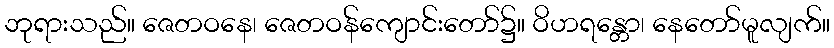
ဘုရားသည်။ ဇေတဝနေ၊ ဇေတဝန်ကျောင်းတော်၌။ ဝိဟရန္တော၊ နေတော်မူလျက်။